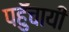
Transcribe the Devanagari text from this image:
पहुॅचायी